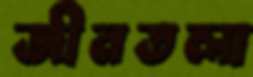
জীনতলা